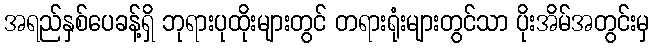
အရည်နှစ်ပေခန့်ရှိ ဘုရားပုထိုးများတွင် တရားရုံးများတွင်သာ ပိုးအိမ်အတွင်းမှ